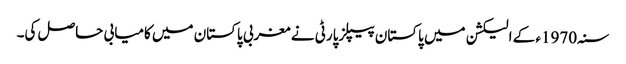
سنہ1970ء کے الیکشن میں پاکستان پیپلزپارٹی نے مغربی پاکستان میں کامیابی حاصل کی۔